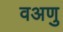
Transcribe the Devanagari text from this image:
वअणु